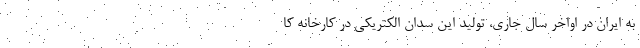
به ایران در اواخر سال جاری، تولید این سدان الکتریکی در کارخانه کا